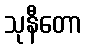
သုနီတော